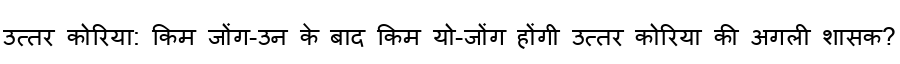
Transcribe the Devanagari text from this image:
उत्तर कोरिया: किम जोंग-उन के बाद किम यो-जोंग होंगी उत्तर कोरिया की अगली शासक?